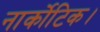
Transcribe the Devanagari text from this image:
नार्कोटिक।